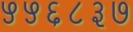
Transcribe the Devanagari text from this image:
५५६८३७